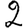
Digit: 2